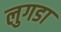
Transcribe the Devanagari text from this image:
लुगडा